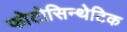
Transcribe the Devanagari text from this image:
फोटोसिन्थेटिक